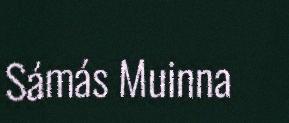
Sámás Muinna